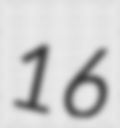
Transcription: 16